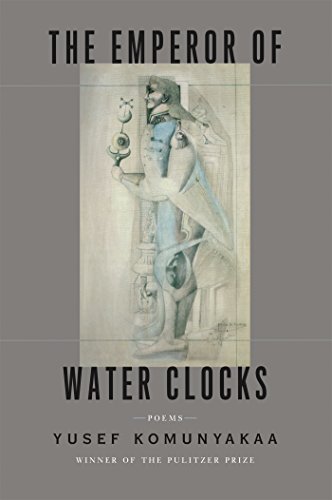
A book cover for The Emperor of Water Clocks: Poems; Yusef Komunyakaa; Literature & Fiction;